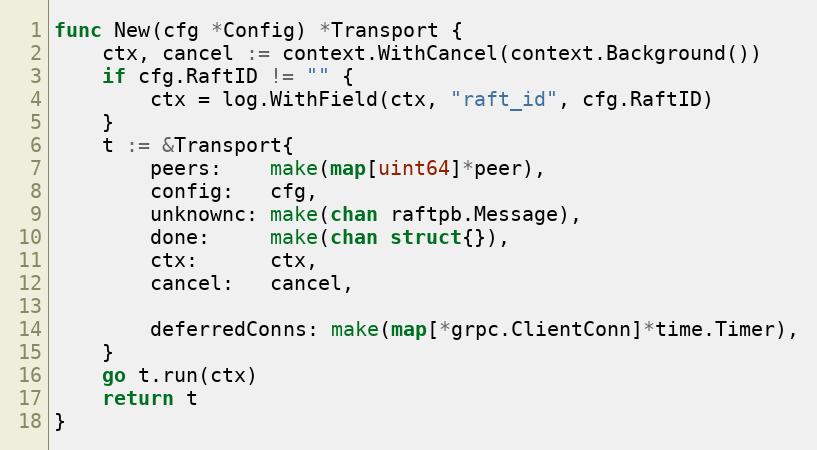
Language: Go
func New(cfg *Config) *Transport {
	ctx, cancel := context.WithCancel(context.Background())
	if cfg.RaftID != "" {
		ctx = log.WithField(ctx, "raft_id", cfg.RaftID)
	}
	t := &Transport{
		peers:    make(map[uint64]*peer),
		config:   cfg,
		unknownc: make(chan raftpb.Message),
		done:     make(chan struct{}),
		ctx:      ctx,
		cancel:   cancel,

		deferredConns: make(map[*grpc.ClientConn]*time.Timer),
	}
	go t.run(ctx)
	return t
}